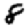
Digit: 8